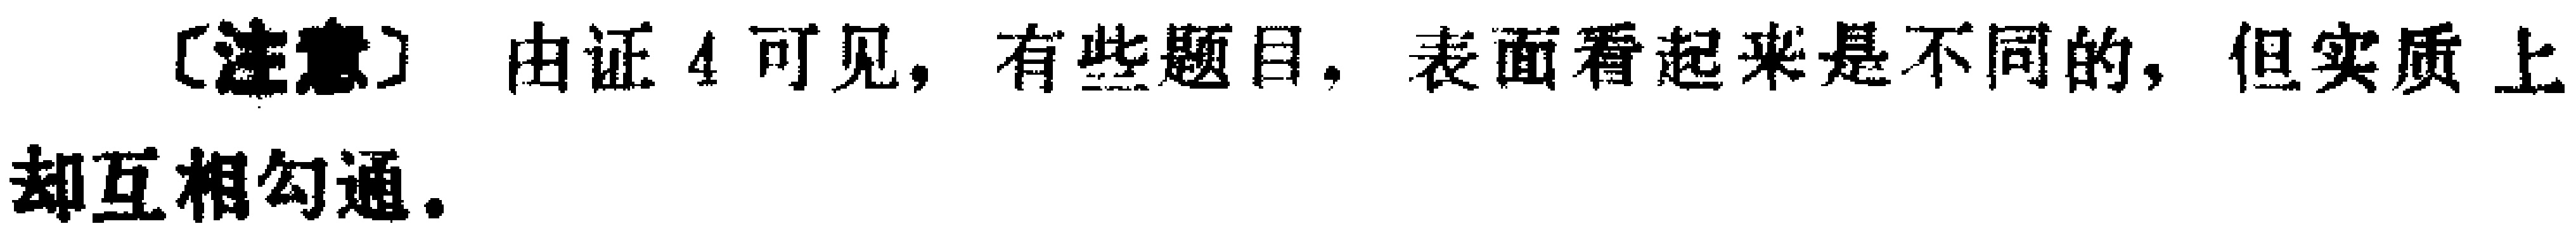
\text{〔注意〕由证4可见，有些题目，表面看起来是不同的，但实质上却互相勾通。}